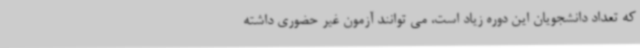
که تعداد دانشجویان این دوره زیاد است، می توانند آزمون غیر حضوری داشته